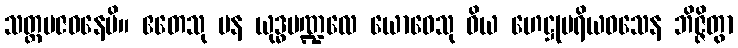
သတ္တမဇဝနေပိ။ ဧတေသု ပန ယုဒ္ဓမဏ္ဍလေ ယောဓေသု ဝိယ ဟေဋ္ဌုပရိယဝသေန ဘိဇ္ဇိတွာ